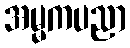
အမ္မကပညာ